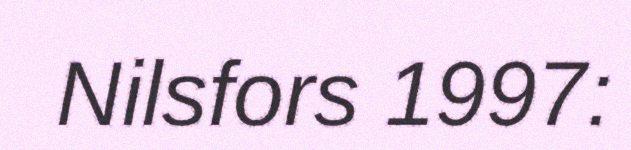
Nilsfors 1997: